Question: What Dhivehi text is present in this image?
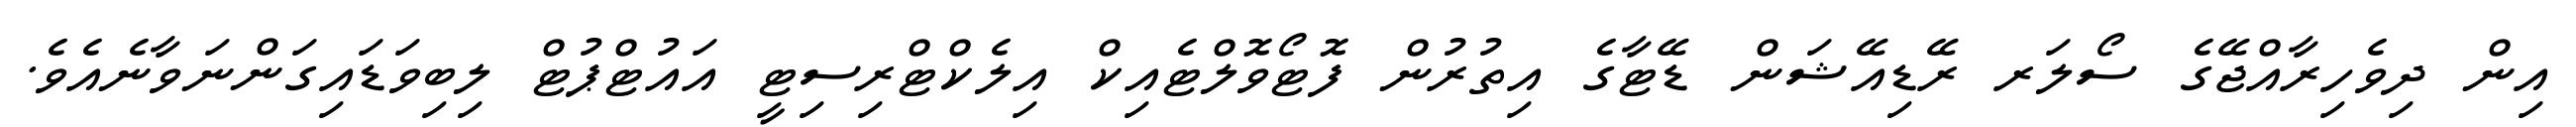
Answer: އިން ދިވެހިރާއްޖޭގެ ސޯލަރ ރޭޑިއޭޝަން ޑޭޓާގެ އިތުރުން ފޮޓޯވޮލްޓެއިކް އިލެކްޓްރިސިޓީ އައުޓްޕުޓް ލިބިވަޑައިގަންނަވާނެއެވެ.